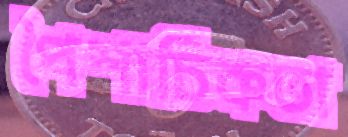
পৈশাচিকতা